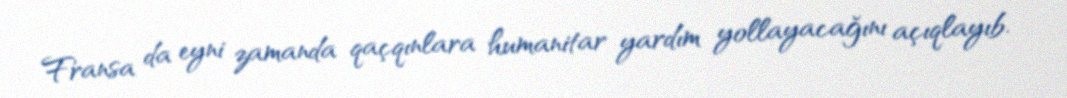
Fransa da eyni zamanda qaçqınlara humanitar yardım yollayacağını açıqlayıb.